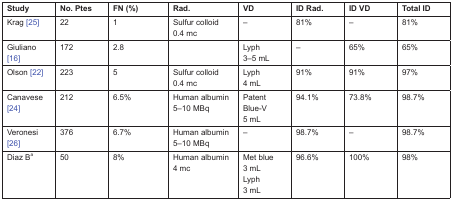
<table><thead><tr><td><b>Study</b></td><td><b>No. Ptes</b></td><td><b>FN (%)</b></td><td><b>Rad.</b></td><td><b>VD</b></td><td><b>ID Rad.</b></td><td><b>ID VD</b></td><td><b>Total ID</b></td></tr></thead><tbody><tr><td>Krag [25] </td><td>22</td><td>1</td><td>Sulfur colloid 0.4 mc</td><td>–</td><td>81%</td><td>–</td><td>81%</td></tr><tr><td>Giuliano [16] </td><td>172</td><td>2.8</td><td></td><td>Lyph 3–5 mL</td><td>–</td><td>65%</td><td>65%</td></tr><tr><td>Olson [22] </td><td>223</td><td>5</td><td>Sulfur colloid 0.4 mc</td><td>Lyph 4 mL</td><td>91%</td><td>91%</td><td>97%</td></tr><tr><td>Canavese [24]</td><td>212</td><td>6.5%</td><td>Human albumin 5–10 MBq</td><td>Patent Blue-V 5 mL</td><td>94.1%</td><td>73.8%</td><td>98.7%</td></tr><tr><td> Veronesi [26] </td><td>376</td><td>6.7%</td><td>Human albumin 5–10 MBq</td><td>–</td><td>98.7%</td><td>–</td><td>98.7%</td></tr><tr><td>Diaz B<sup>a</sup></td><td>50</td><td>8%</td><td>Human albumin 4 mc</td><td>Met blue 3 mL Lyph 3 mL</td><td>96.6%</td><td>100%</td><td>98%</td></tr></tbody></table>